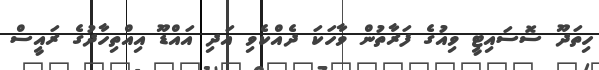
ހިތަދޫ ސޮސައިޓީ ވިއުގެ ފަރާތުން ވާހަކަ ދެއްކެވި އަދި އައްޑޫ އިއްތިހާދުގެ ރައީސް